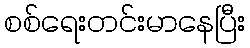
စစ်ရေးတင်းမာနေပြီး